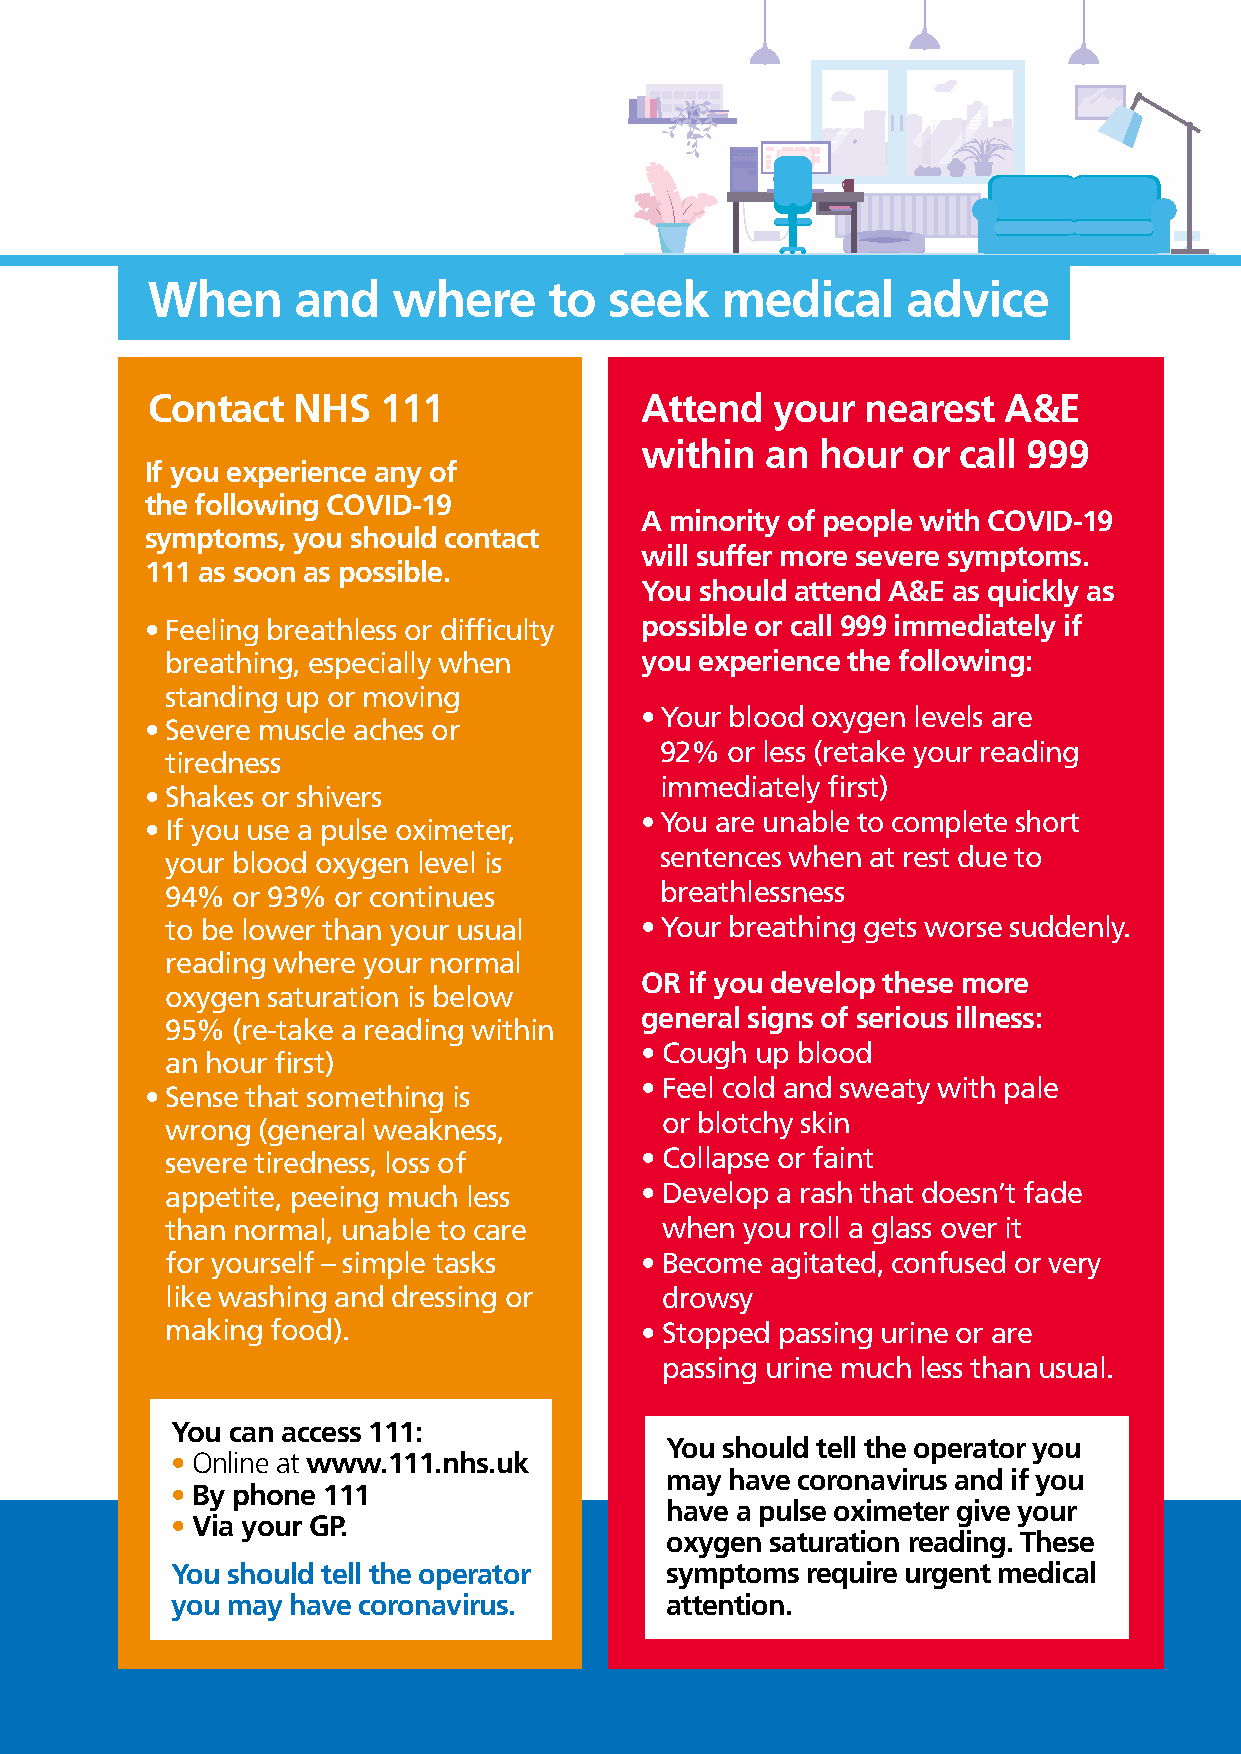
When     and    where     to  seek    medical     advice
 Contact  NHS   111              Attend   your  nearest  A&E
 within   an hour  or call 999
 If you experience any of
 the following COVID-19
 A minority of people with COVID-19
 symptoms, you should contact
 will suffer more severe symptoms.
 111 as soon as possible.
 You should attend A&E as quickly as
 • Feeling breathless or difficulty possible or call 999 immediately if
 breathing, especially when     you experience the following:
 standing up or moving
 • Your blood oxygen levels are
 • Severe muscle aches or
 92% or less (retake your reading
 tiredness
 immediately first)
 • Shakes or shivers
 • You are unable to complete short
 • If you use a pulse oximeter,
 your blood oxygen level is       sentences when at rest due to
 94% or 93% or continues          breathlessness
 to be lower than your usual    • Your breathing gets worse suddenly.
 reading where your normal
 OR if you develop these more
 oxygen saturation is below
 general signs of serious illness:
 95% (re-take a reading within
 • Cough up blood
 an hour first)
 • Feel cold and sweaty with pale
 • Sense that something is
 or blotchy skin
 wrong (general weakness,
 severe tiredness, loss of      • Collapse or faint
 appetite, peeing much less     • Develop a rash that doesn’t fade
 than normal, unable to care      when you roll a glass over it
 for yourself – simple tasks    • Become agitated, confused or very
 like washing and dressing or     drowsy
 making food).                  • Stopped passing urine or are
 passing urine much less than usual.
 You can access 111:
 You should tell the operator you
 • Online at www.111.nhs.uk
 may have coronavirus and if you
 • By phone 111
 have a pulse oximeter give your
 • Via your GP.
 oxygen saturation reading. These
 You should tell the operator     symptoms require urgent medical
 you may have coronavirus.        attention.